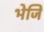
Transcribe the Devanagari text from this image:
भेजि